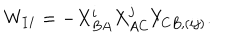
LaTeX: W _ { I I } = - X _ { B A } ^ { i } X _ { A C } ^ { j } Y _ { C B , ( i j ) } .